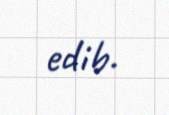
edib.